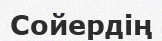
Сойердің